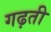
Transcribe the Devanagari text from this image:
गढ़ती